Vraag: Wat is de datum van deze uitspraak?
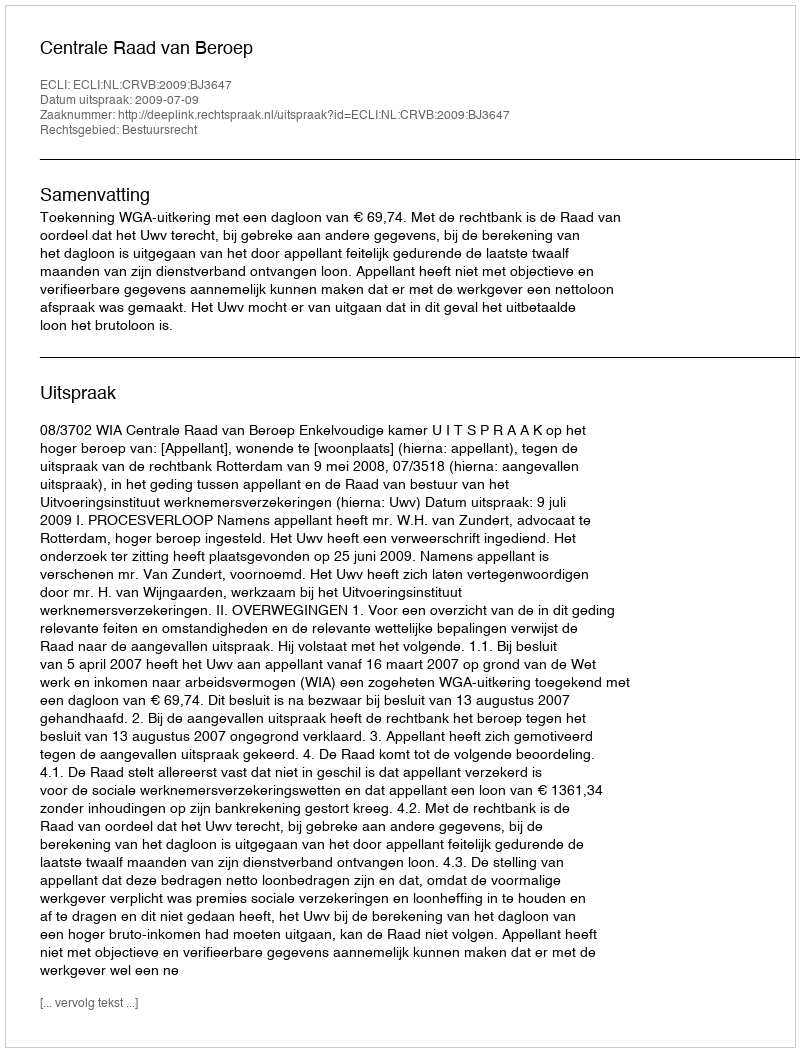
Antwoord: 2009-07-09